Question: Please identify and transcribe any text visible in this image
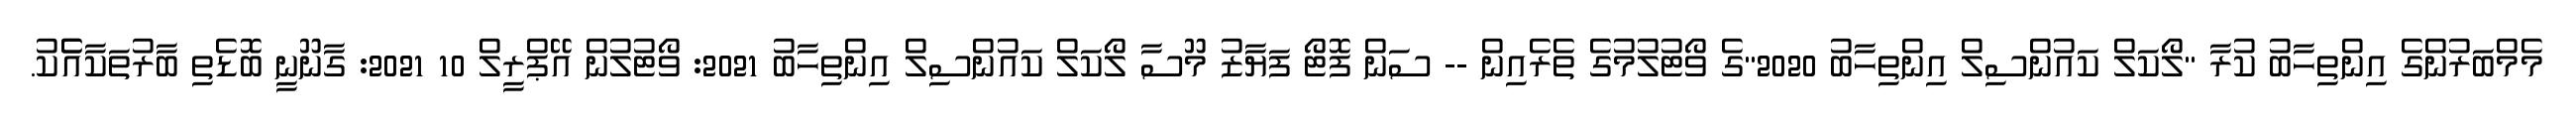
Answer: މެމްބަރުންގެ އިންތިހާބު ކުރާ "ލޯކަލް ކައުންސިލް އިންތިހާބު 2020"ގެ ވޯޓުލުމުގެ ތެރެއިން -- ސަން ފޮޓޯ ފަޔާޒު މޫސާ ލޯކަލް ކައުންސިލް އިންތިހާބު 2021: ވޯޓުލުން އޭޕްރީލް 10 2021: ގާނޫނީ ބޮޑެތި ބާރުތަކާއެެކު.